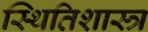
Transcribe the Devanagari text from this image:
स्थितिशास्त्र